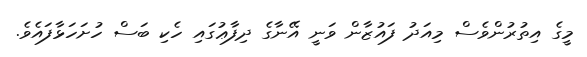
މީގެ އިތުރުންވެސް މިއަދު ފައުޒާން ވަނީ އޭނާގެ ދިފާޢުގައި ހެކި ބަސް ހުށަހަޅާފައެވެ.